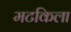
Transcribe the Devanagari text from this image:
मटकिला